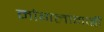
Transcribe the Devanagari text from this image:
मोगलांनाही